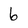
Character: 6